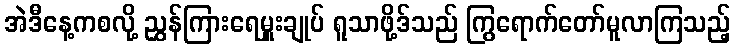
အဲဒီနေ့ကစလို့ ညွှန်ကြားရေမှူးချုပ် ရူသာဖို့ဒ်သည် ကြွရောက်တော်မူလာကြသည့်